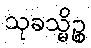
သုခသ္မိဉ္စ